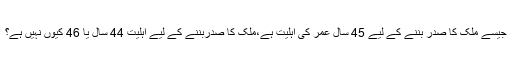
جیسے ملک کا صدر بننے کے لیے 45 سال عمر کی اہلیت ہے،ملک کا صدربننے کے لیے اہلیت 44 سال یا 46 کیوں نہیں ہے؟